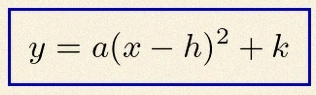
y=a(x-h)^2+k